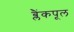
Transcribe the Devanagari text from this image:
ब्लैंकपूल